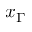
x _ { \Gamma }